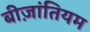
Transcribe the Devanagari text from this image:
बीज़ांतियम